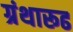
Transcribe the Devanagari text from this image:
ग्रंथारूढ